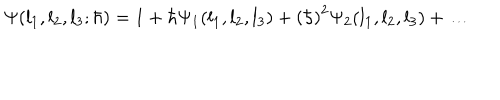
LaTeX: \Psi ( l _ { 1 } , l _ { 2 } , l _ { 3 } ; \hbar ) = 1 + { \hbar } \Psi _ { 1 } ( l _ { 1 } , l _ { 2 } , l _ { 3 } ) + \left( \hbar \right) ^ { 2 } \Psi _ { 2 } ( l _ { 1 } , l _ { 2 } , l _ { 3 } ) + \ldots